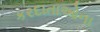
કરદાતાઓના